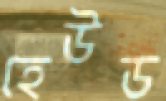
হেউড